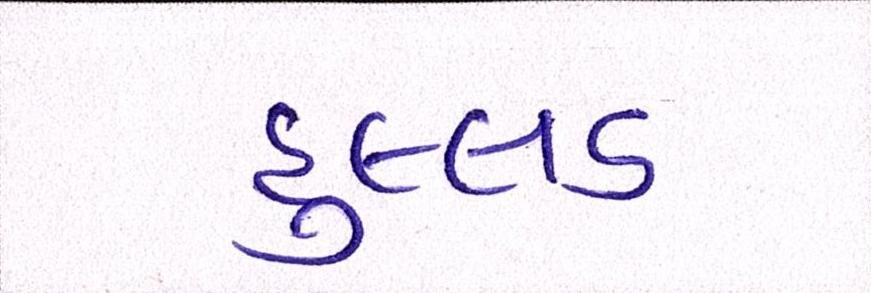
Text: હુલ્લડ